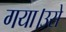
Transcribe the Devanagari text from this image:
गया।उसे